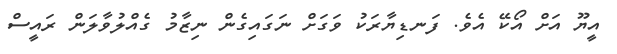
އީޔޫ އަށް އޯކޭ އެވެ. ފަނޑިޔާރަކު ވަގަށް ނަގައިގެން ނިޒާމު ގެއްލުވާލަން ރައީސް